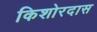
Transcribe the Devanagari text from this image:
किशोरदास